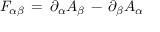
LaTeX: F _ { \alpha \beta } \, = \, \partial _ { \alpha } A _ { \beta } \, - \, \partial _ { \beta } A _ { \alpha }